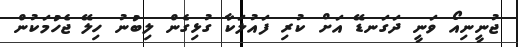
ޖުނީނިއޯ ވަނީ ދަގަނޑޭ އަށް ކުރި ފައުލަކާ ގުޅިގެން ލިބުނު ހިލޭ ޖެހުމަކުން